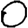
Digit: 0